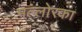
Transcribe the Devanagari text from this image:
मल्लोरका